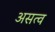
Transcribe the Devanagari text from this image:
असत्व